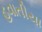
હવાતીયા